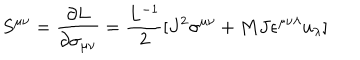
S ^ { \mu \nu } = { \frac { \partial L } { \partial \sigma _ { \mu \nu } } } = { \frac { L ^ { - 1 } } { 2 } } [ J ^ { 2 } \sigma ^ { \mu \nu } + { M J } \epsilon ^ { \mu \nu \lambda } u _ { \lambda } ]